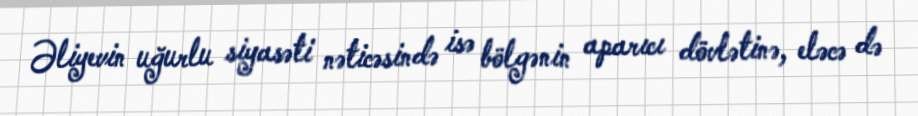
Əliyevin uğurlu siyasəti nəticəsində isə bölgənin aparıcı dövlətinə, eləcə də